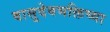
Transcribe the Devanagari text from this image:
वासुदेवभक्तिच्या